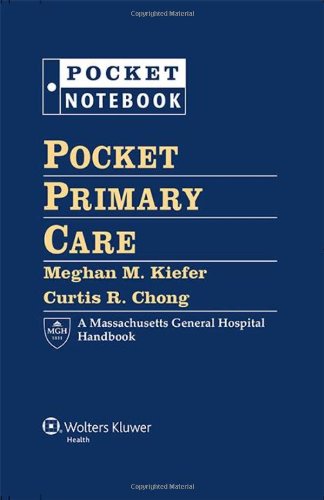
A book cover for Pocket Primary Care (Pocket Notebook Series); Dr. Meghan M. Kiefer MD; Medical Books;